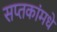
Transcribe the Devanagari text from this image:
सप्तकांमधे